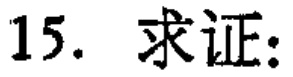
15. 求证: